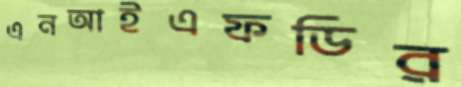
এনআইএফডির